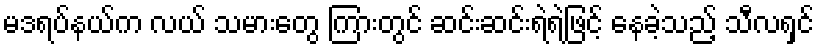
မဒရပ်နယ်က လယ် သမားတွေ ကြားတွင် ဆင်းဆင်းရဲရဲဖြင့် နေခဲ့သည့် သီလရှင်